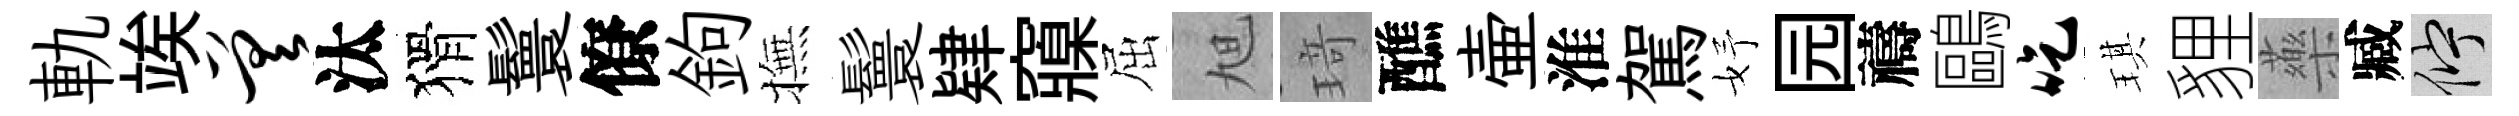
軌竢差汰猾鬟僚鉤撫鬟肄䆿屈旭𤦺醮壷淮駕妤园禱鷗吃琪貍藥臧伫